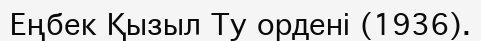
Еңбек Қызыл Ту ордені (1936).